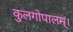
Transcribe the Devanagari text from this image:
कुलगोपालम्‌।